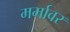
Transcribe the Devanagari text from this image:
मर्मावर